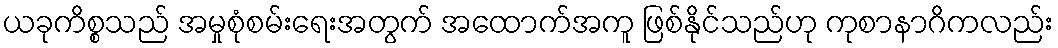
ယခုကိစ္စသည် အမှုစုံစမ်းရေးအတွက် အထောက်အကူ ဖြစ်နိုင်သည်ဟု ကုစာနာဂိကလည်း